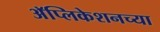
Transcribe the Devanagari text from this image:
अॅप्लिकेशनच्या